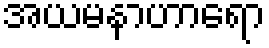
အယမနာဟာရော